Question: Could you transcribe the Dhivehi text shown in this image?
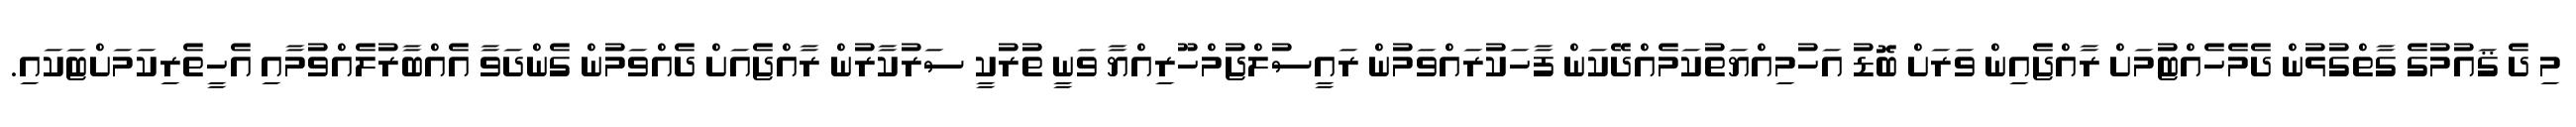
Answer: މި ދެ ޤައުމުގެ ގާތްގުޅުން ދެމެހެއްޓުމަށް ރާއްޖެއިން ވަރަށް ބޮޑު އަހުމިއްޔަތުކަމެއްދޭކަން ފާހަކުރައްވަމުން ރައީސުލްޖުމްހޫރިއްޔާ ވަނީ ތުރުކީ ސަރުކާރުން ރާއްޖެއަށް ދެއްވަމުން ގެންދަވާ އެއްބާރުލެއްވުމާއި އެހީތެރިކަމަށްޓަކައި.